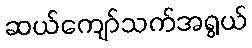
ဆယ်ကျော်သက်အရွယ်